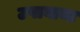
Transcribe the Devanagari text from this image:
उपायाचा